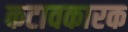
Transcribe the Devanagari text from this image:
कटावकारक